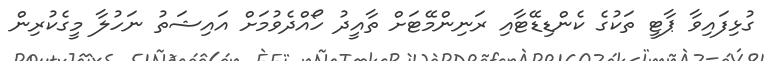
ގުޅިފައިވާ ޕާޓީ ތަކުގެ ކެންޑިޑޭޓާއި ރަނިންމޭޓަށް ތާއީދު ހޯއްދެވުމަށް އައިޝަތު ނަހުލާ މީގެކުރިން